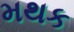
મથક